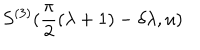
S ^ { ( 3 ) } ( \frac { \pi } { 2 } ( \lambda + 1 ) - \delta \lambda , u )